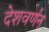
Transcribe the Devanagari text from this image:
देशवर्णन